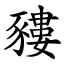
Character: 䝏